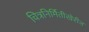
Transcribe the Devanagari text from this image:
चित्रनिर्मितीखेरीज